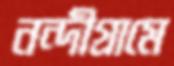
নন্দীগ্রামে